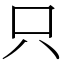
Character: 只